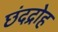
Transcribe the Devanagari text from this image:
छंदद्रोह